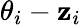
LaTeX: \theta_{i}-\mathbf{z}_{i}